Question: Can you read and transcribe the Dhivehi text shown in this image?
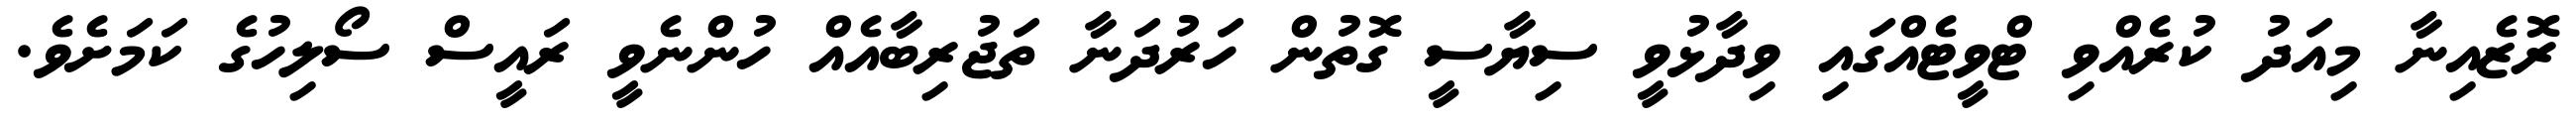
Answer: ރޮޒެއިނާ މިއަދު ކުރެއްވި ޓްވީޓެއްގައި ވިދާޅުވީ ސިޔާސީ ގޮތުން ހަރުދަނާ ތަޖުރިބާއެއް ހުންނެވީ ރައީސް ސޯލިހުގެ ކަމަށެވެ.